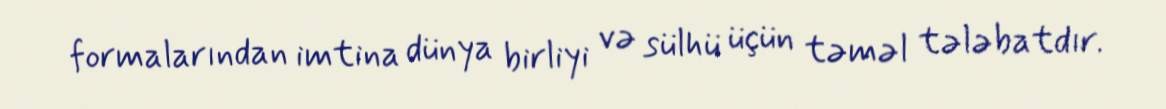
formalarından imtina dünya birliyi və sülhü üçün təməl tələbatdır.